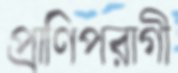
প্রাণিপরাগী